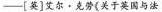
--[英]文尔·克劳《关于英国与法